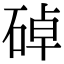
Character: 䂽